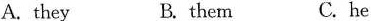
A. they B. them C. he